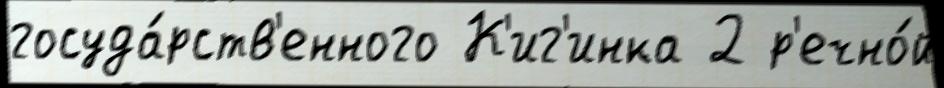
госуда́рств'енного К'иг'инка 2 р'ечно́й